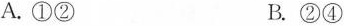
A. ①② B. ②④